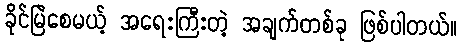
ခိုင်မြဲစေမယ့် အရေးကြီးတဲ့ အချက်တစ်ခု ဖြစ်ပါတယ်။